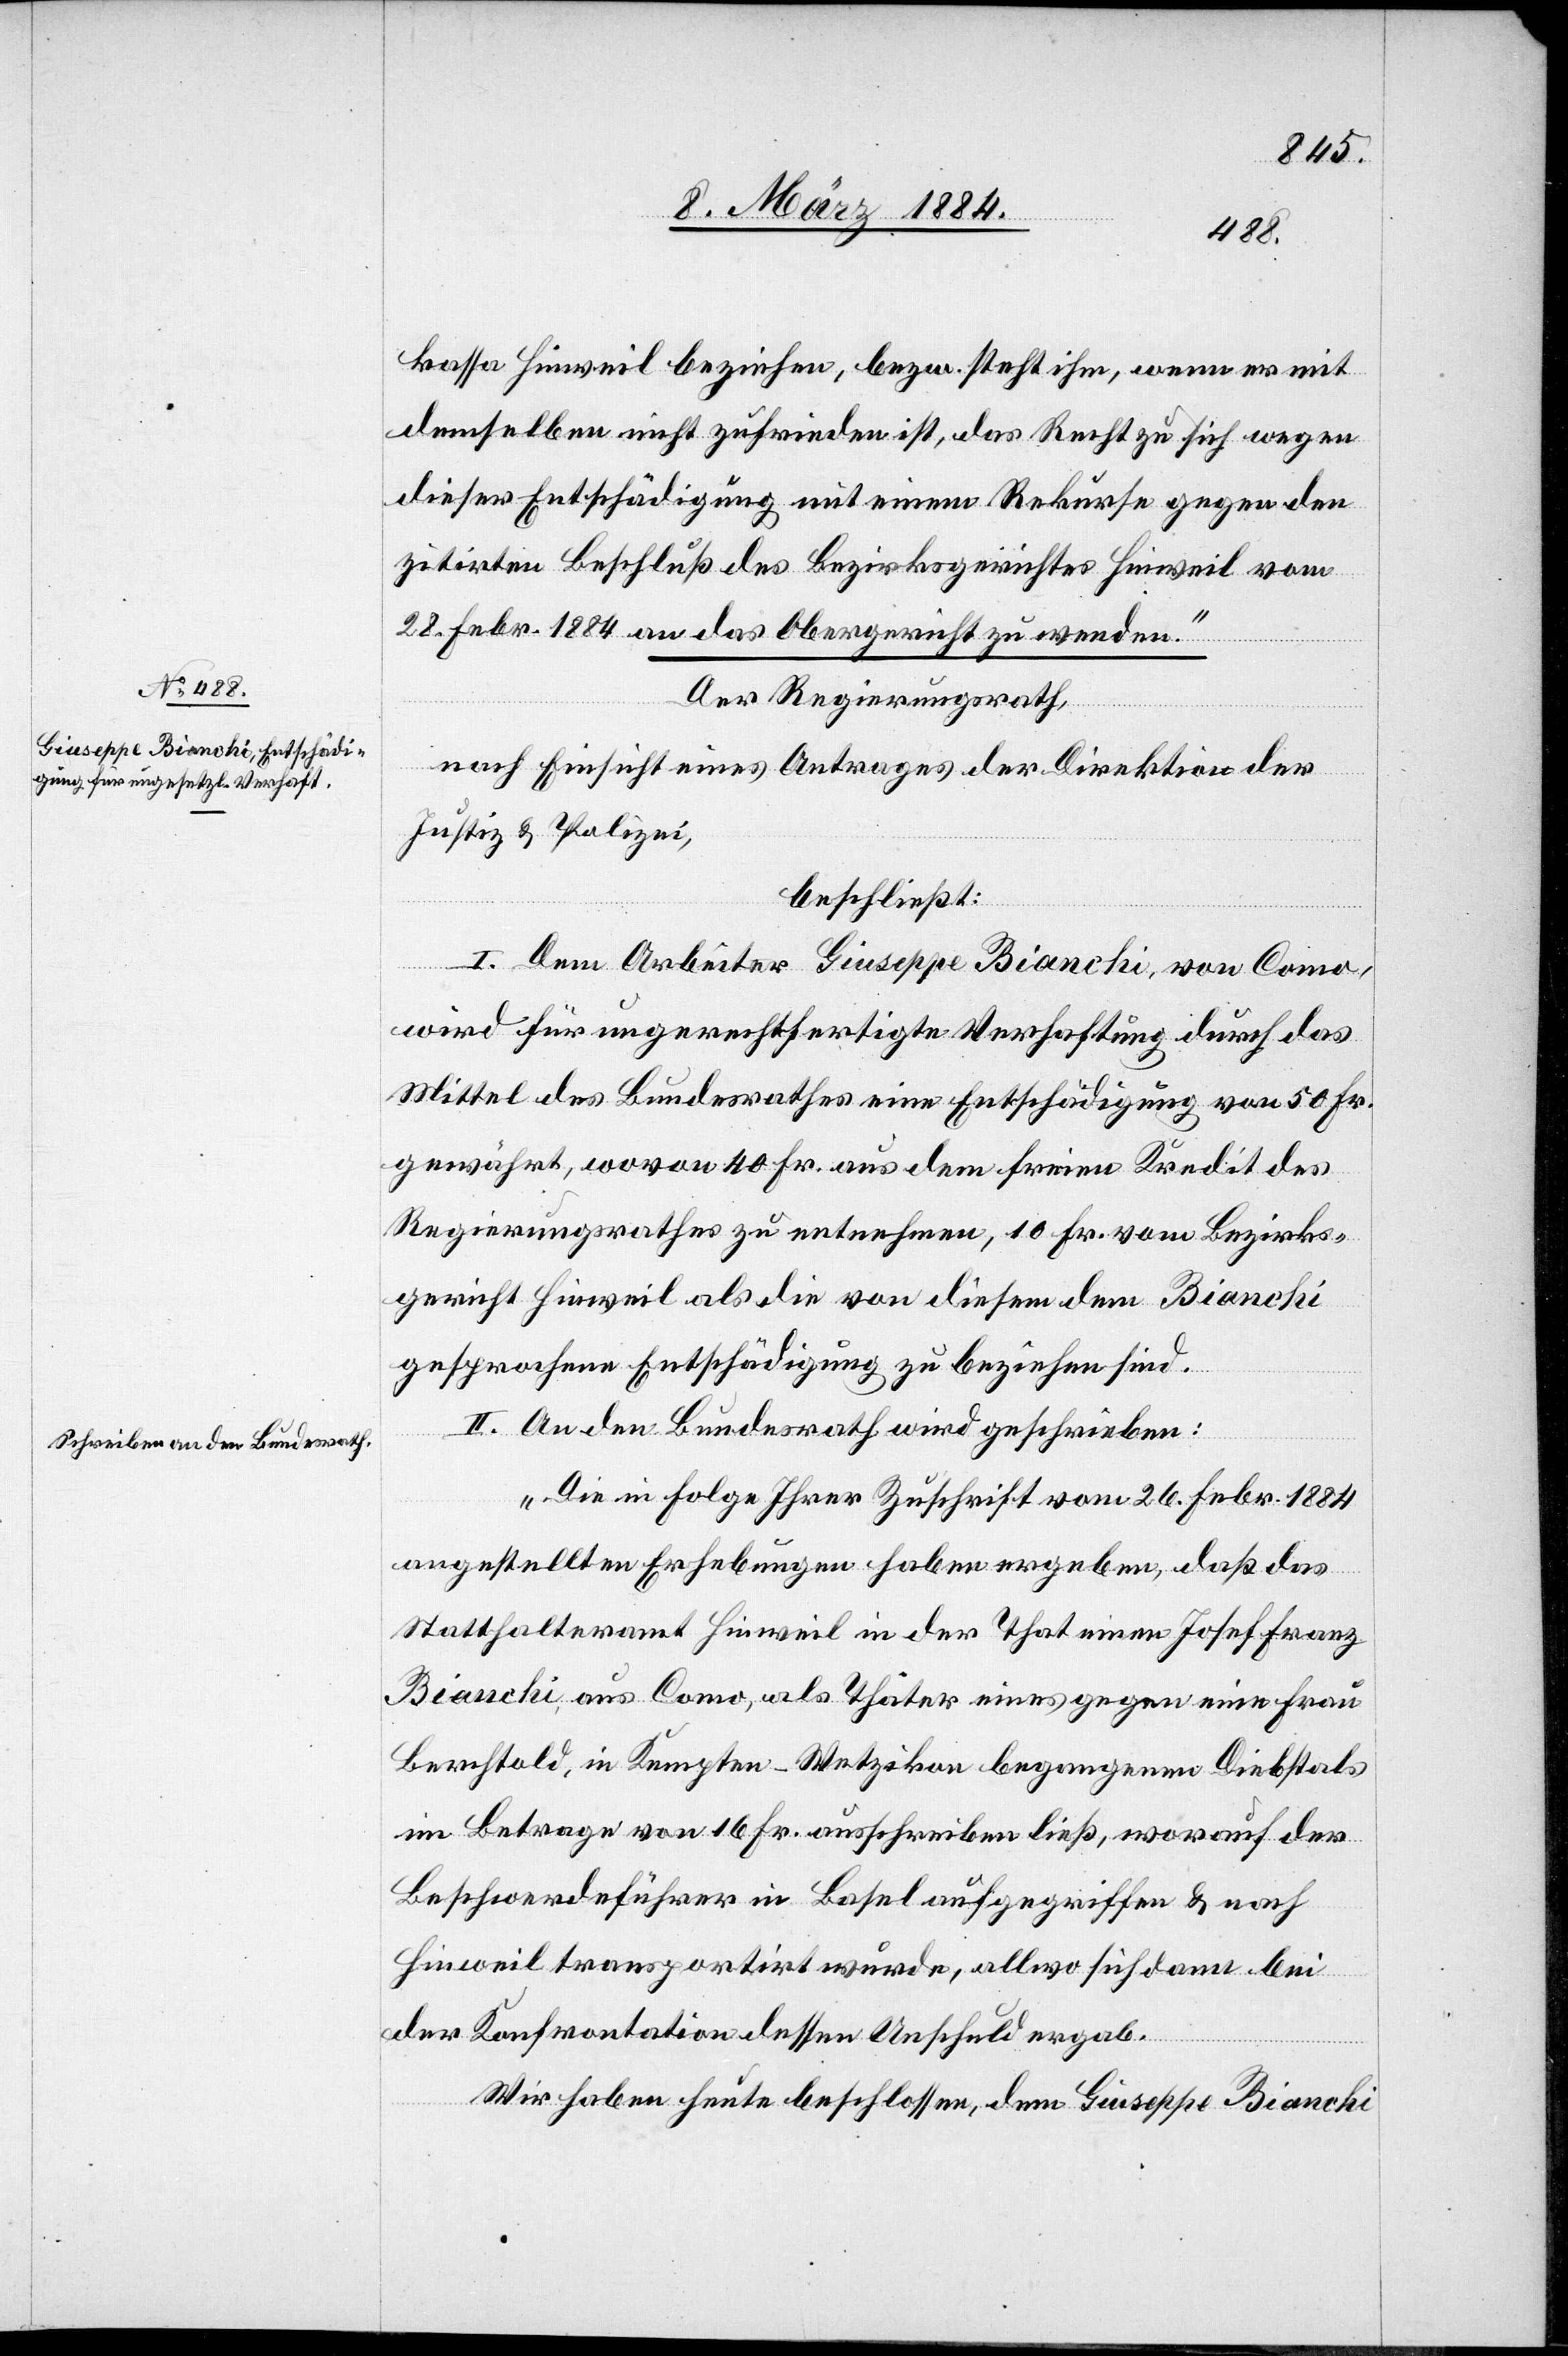
kassa Hinweil beziehen, bzw. steht ihm, wenn er mit
demselben nicht zufrieden ist, das Recht zu sich wegen
dieser Entschädigung mit einem Rekurse gegen den
zitirten Beschluß des Bezirksrichters Hinweil vom
28. Febr. 1884 an das Obergericht zu wenden.“
Der Regierungsrath,
zu¬
nach Einsicht eines Antrages der Direktion der
Justiz & Polizei,
beschließt:
I. Dem Arbeiter Giuseppe Bianchi, von Como,
wird für ungerechtfertigte Verhaftung durch das
Mittel des Bundesrathes eine Entschädigung von 50 Fr.
gewährt, wovon 40 Fr. aus dem freien Kredit des
Regierungsrathes zu entnehmen, 10 Fr. vom Bezirks¬
gericht Hinweil als die von diesem dem Bianchi
gesprochene Entschädigung zu beziehen sind.
II. An den Bundesrath wird geschrieben:
„Die im Folge Ihrer Zuschrift vom 26. Febr. 1884
angestellten Erhebungen haben ergeben, daß das
Statthalteramt Hinweil in der That einen Josef Franz
Bianchi, aus Como, als Thäter eines gegen eine Frau
Berchtold, in Kempten - Wetzikon begangenen Diebstals
im Betrage von 16 Fr. ausschreiben ließ, worauf der
Beschwerdeführer in Basel aufgegriffen & nach
Hinweil transportirt wurde, also sich dann bei
der Konfrontation dessen Unschuld ergab.
Wir haben heute beschlossen, dem Giuseppe Bianchi